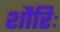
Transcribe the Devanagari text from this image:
शौरिः